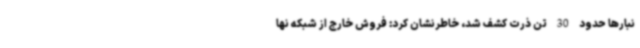
نبارها حدود 30 تن ذرت کشف شد، خاطرنشان کرد: فروش خارج از شبکه نها